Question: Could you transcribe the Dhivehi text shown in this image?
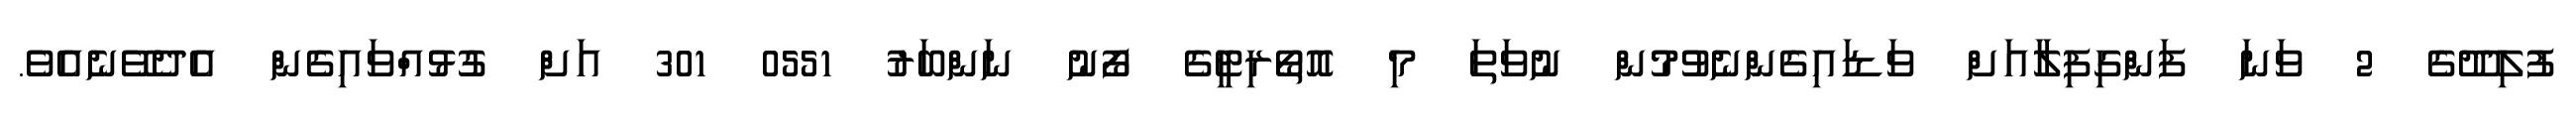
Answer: ފުލިދޫގެ 2 ވަނަ ފަންގިފިލާއަށް ވަޑައިގެންނެވުމުން ނުވަތަ މި އޮތޯރިޓީގެ ފޯނު ނަންބަރު 0551 301 އަށް ގުޅުއްވައިގެން އެދެވޭނެއެވެ.